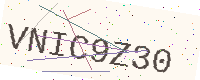
Text: VNIC9Z30